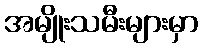
အမျိုးသမီးများမှာ